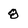
Character: 8